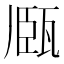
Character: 𤭘